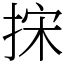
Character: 㧲